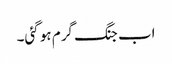
اب جنگ گرم ہو گئی۔